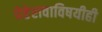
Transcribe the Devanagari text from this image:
पेहेरावाविषयीही